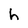
Character: h